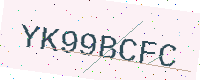
Text: YK99BCFC